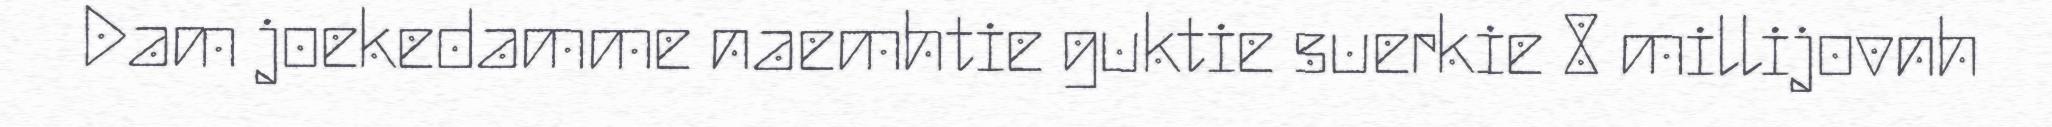
Dam joekedamme naemhtie guktie suerkie 8 millijovnh